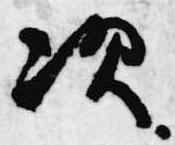
次